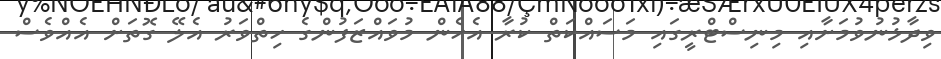
ވިދާޅުނުވުމަށާއި މިނިސްޓްރީގައި މަސައްކަތް ކުރާ އެހެން މުވައްޒަފުންގެ ހިތްވަރު އެލޭ ގޮތަށް އެއްވެސް